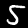
Label: 5